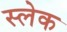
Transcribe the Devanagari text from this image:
स्लेक